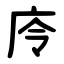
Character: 㡵